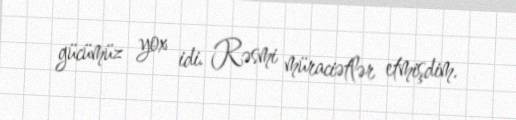
gücümüz yox idi. Rəsmi müraciətlər etmişdim.